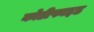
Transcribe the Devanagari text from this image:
कोडीफाइड